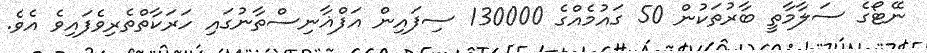
ނޭޓޯގެ ސަލާމާތީ ބާރުތަކުން 50 ގައުމެއްގެ 130000 ސިފައިން އަފްޣާނިސްތާނުގައި ހަރަކާތްތެރިވެފައިވެ އެވެ.